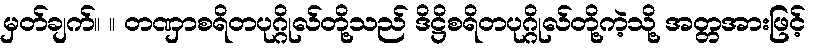
မှတ်ချက်။ ။ တဏှာစရိတပုဂ္ဂိုလ်တို့သည် ဒိဋ္ဌိစရိတပုဂ္ဂိုလ်တို့ကဲ့သို့ အတ္တအားဖြင့်